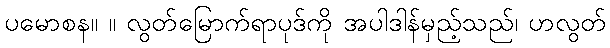
ပမောစန။ ။ လွတ်မြောက်ရာပုဒ်ကို အပါဒါန်မှည့်သည်၊ ဟလွတ်